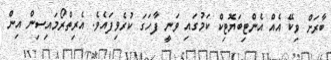
ބާރަށް ވިކޭ އެއް އެންޓިބަޔޮޓިކް ކަމުގައި ވަނީ ފާހަގަ ކުރެވިފައެވެ. އެރިތްރޯމައިސިން އިން